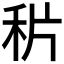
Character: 𥞄